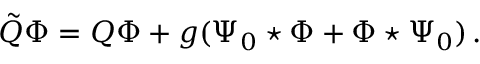
\tilde { Q } \Phi = Q \Phi + g ( \Psi _ { 0 } \star \Phi + \Phi \star \Psi _ { 0 } ) \, .